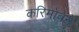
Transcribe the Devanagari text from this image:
करिमोवने